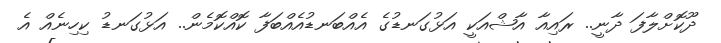
ދޫކޮށްލާފަ ދާނީ.. ރައިއާ އާޝްއަކީ އަޅުގަނޑުގެ އެއްބަނޑުއެއްބަފާ ކޮއްކޮމެން.. އަޅުގަނޑު ކިހިނެއް އެ